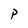
Character: P